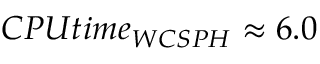
C P U t i m e _ { W C S P H } \approx 6 . 0